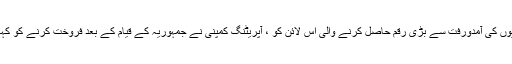
فوجیوں کی آمدورفت سے بڑی رقم حاصل کرنے والی اس لائن کو ، آپریٹنگ کمپنی نے جمہوریہ کے قیام کے بعد فروخت کرنے کو کہا تھا۔